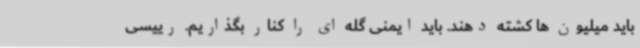
باید میلیون ها کشته دهند. باید ایمنی گله ای را کنار بگذاریم. رییسی